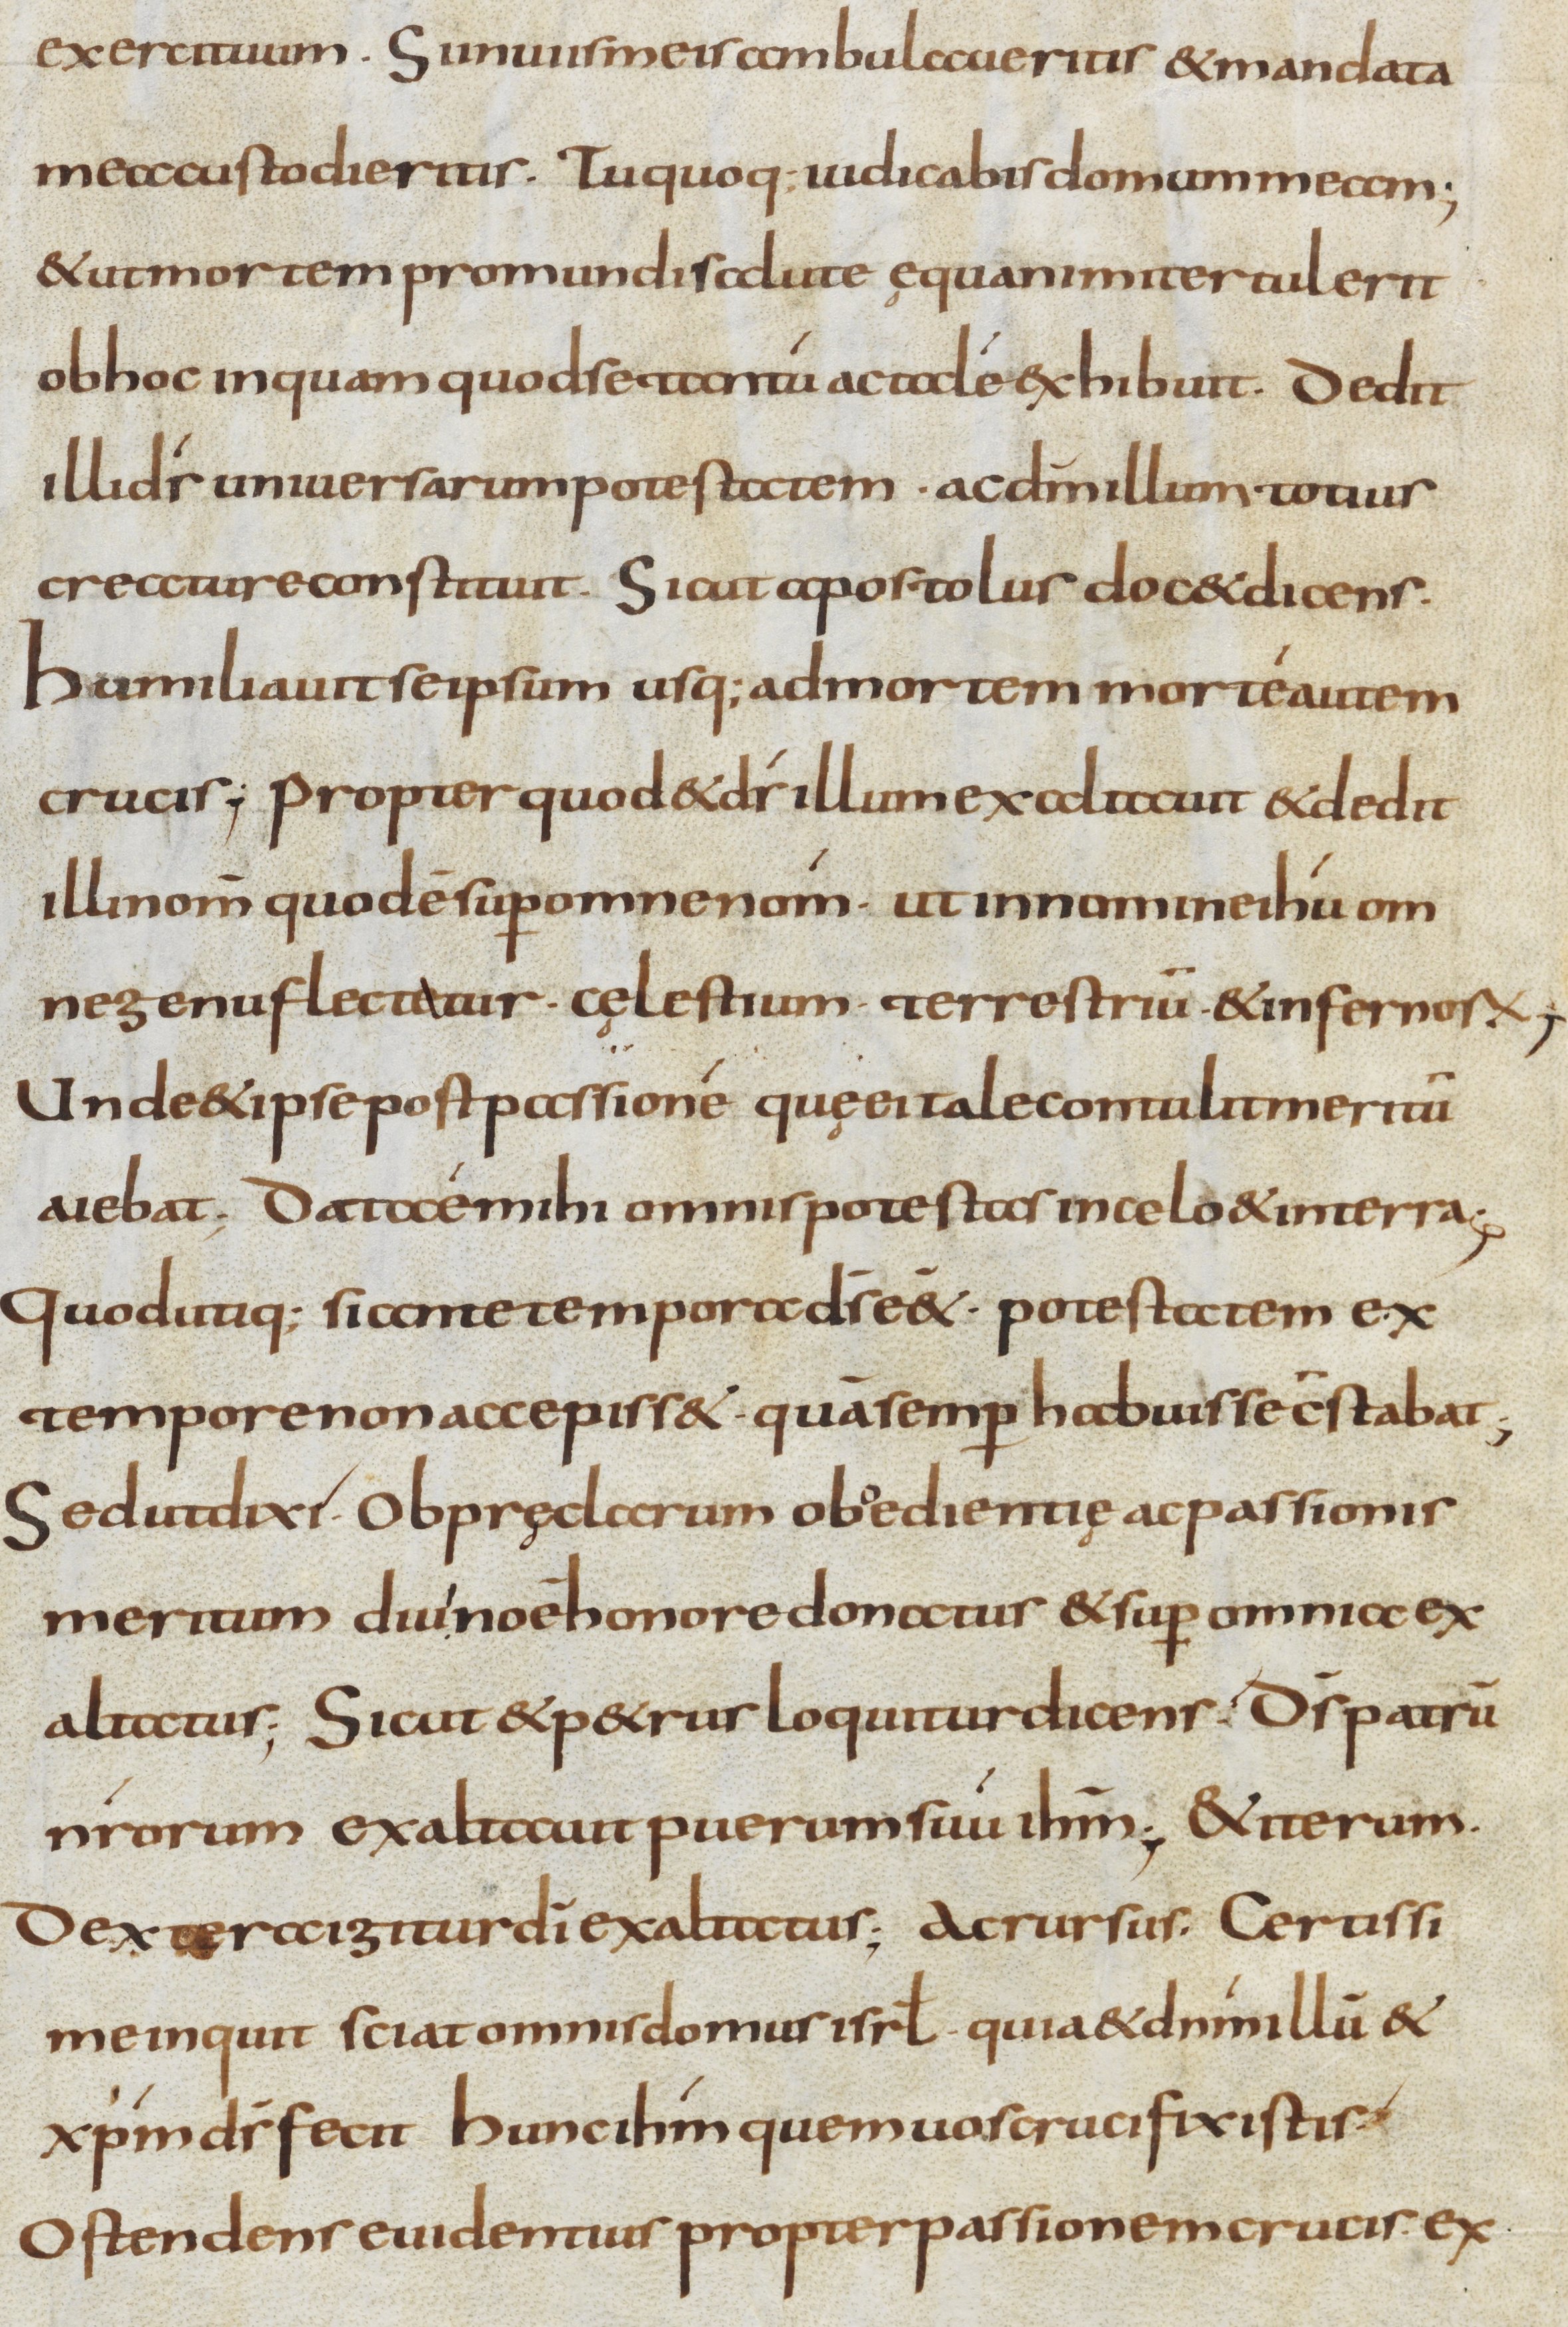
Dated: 800–899